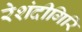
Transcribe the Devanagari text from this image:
रेशंदीगिरि